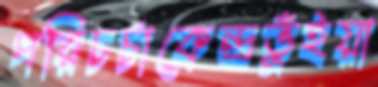
পরিচর্চাকেন্দ্রভুঁইয়া